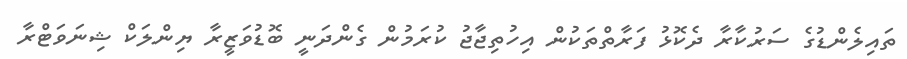
ތައިލެންޑުގެ ސަރުކާރާ ދެކޮޅު ފަރާތްތަކުން އިހުތިޖާޖު ކުރަމުން ގެންދަނީ ބޮޑުވަޒީރާ ޔިންލަކް ޝިނަވަޓްރާ